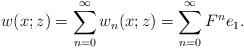
LaTeX: \begin{align*}&w(x;z)= \sum_{n=0}^\infty w_n(x;z)=\sum_{n=0}^\infty F^ne_1.\end{align*}